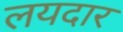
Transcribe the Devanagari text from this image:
लयदार